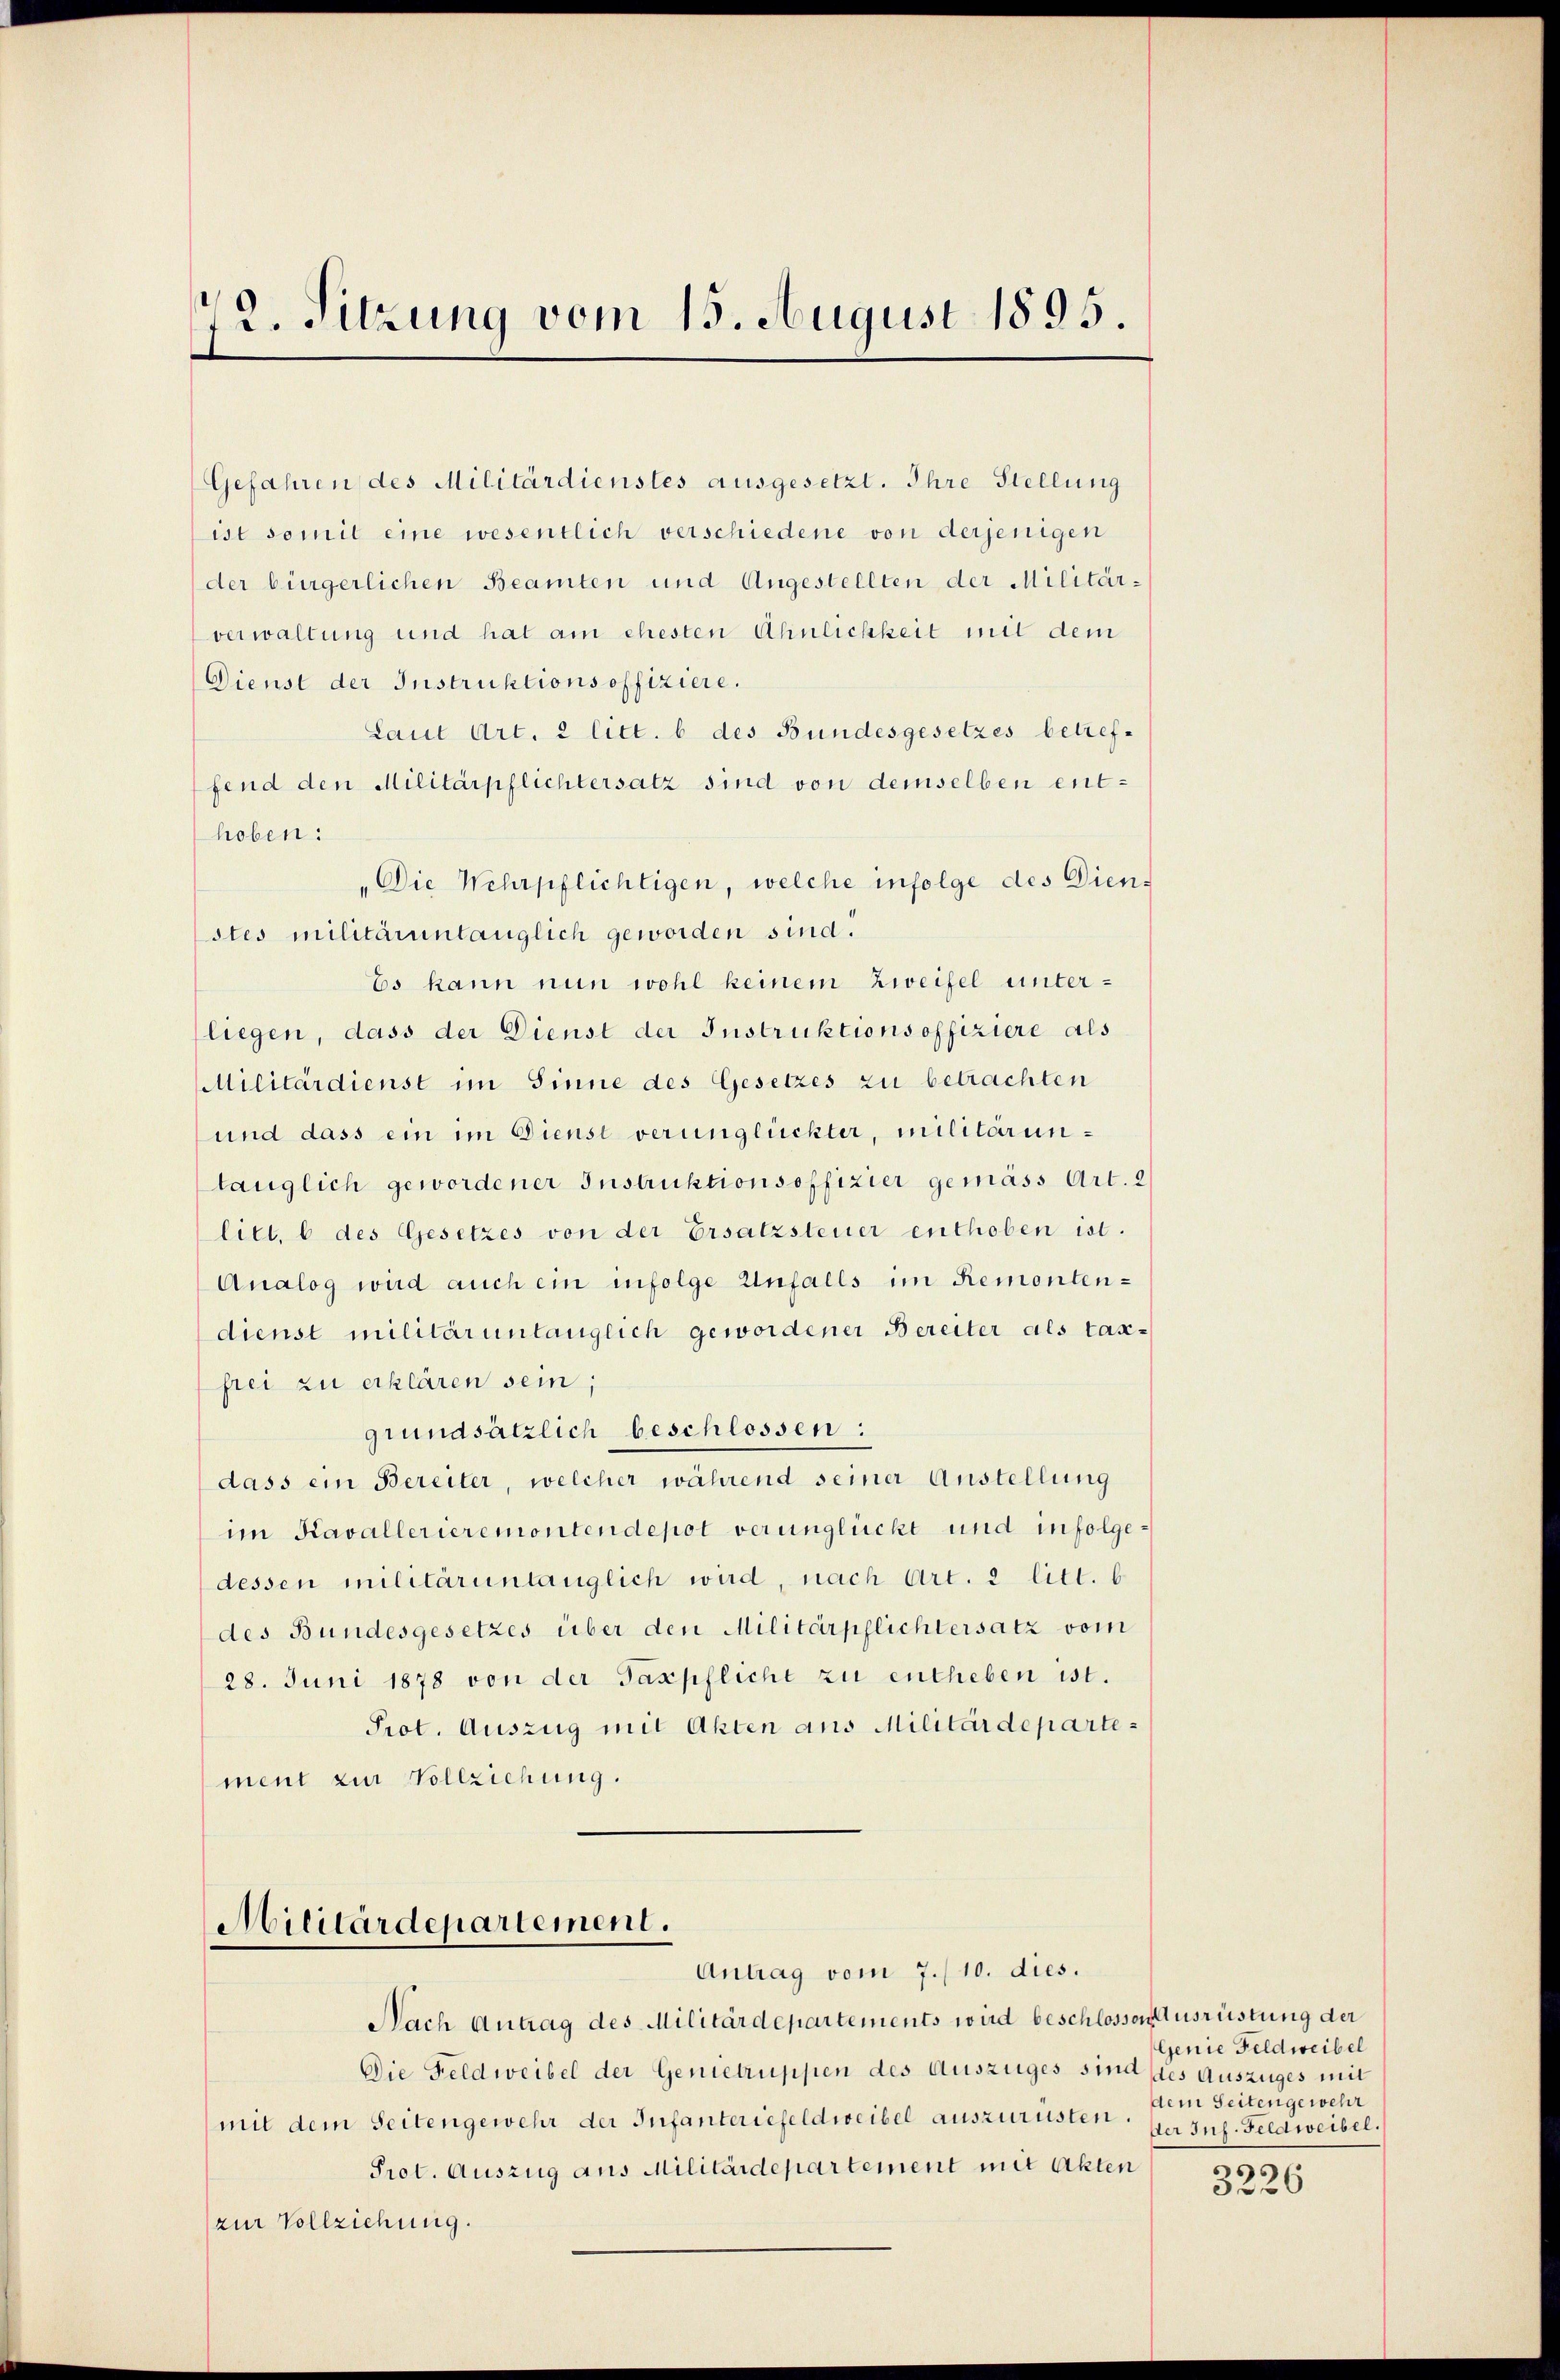
12. Sitzung vom 15. August 1895

Gefahren des Militärdienstes ausgesetzt. Ihre Stellung
ist somit eine wesentlich verschiedene von derjenigen
der bürgerlichen Beamten und Angestellten der Militär-
verwaltung und hat am ehesten Ähnlichkeit mit dem
Dienst der Instruktions offiziere.
Laut Art. 2 litt. b des Bundesgesetzes betreffend den Militärpflichtersatz sind von demselben enthoben:
„Die Wehrpflichtigen, welche infolge des Dienstes militärintauglich geworden sind.
Es kann nun wohl keinem Zweifel unterliegen, dass der Dienst der Instruktionsoffiziere als
Militärdienst im Sinne des Gesetzes zu betrachten
und dass ein im Dienst verunglückter, militäruntauglich gewordener Instruktionsoffizier gemäss Art. 2
litt. b des Gesetzes von der Ersatzsteuer enthoben ist.
Analog wird auch ein infolge Unfalls im Remontendienst militär unlänglich gewordener Bereiter als Taxfrei zu erklären sein;
grundsätzlich beschlossen:
dass ein Bereiter, welcher während seiner Austellung
im Kavallerieremontendepot verunglückt und infolgedessen militärunlänglich wird, nach Art. 2 litt. b
des Bundesgesetzes über den Militärpflichtersatz vom
28. Juni 1878 von der Taxpflicht zu entheben ist.
Prot. Auszug mit Akten aus Militärdepartement zur Vollziehung.

Militärdepartement.
Antrag vom 7./10. dies.

Nach Antrag des Militärdepartements wird beschlossen Ausrüstung der
Die Feldweibel der Genietruppen des Auszuges sind des Auszuges mit
mit dem Seitengewehr der Infanteriefeldweibel auszurüsten.
Prot. Auszug aus Militärdepartement mit Akten
(zur Vollziehung.

Genie Feldweibel
dem Seitengewehr
Der Inf. Feldweibel.
¬

5226